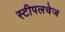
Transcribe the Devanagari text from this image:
स्टीपलचेज